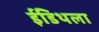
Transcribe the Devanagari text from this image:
ईडिथला